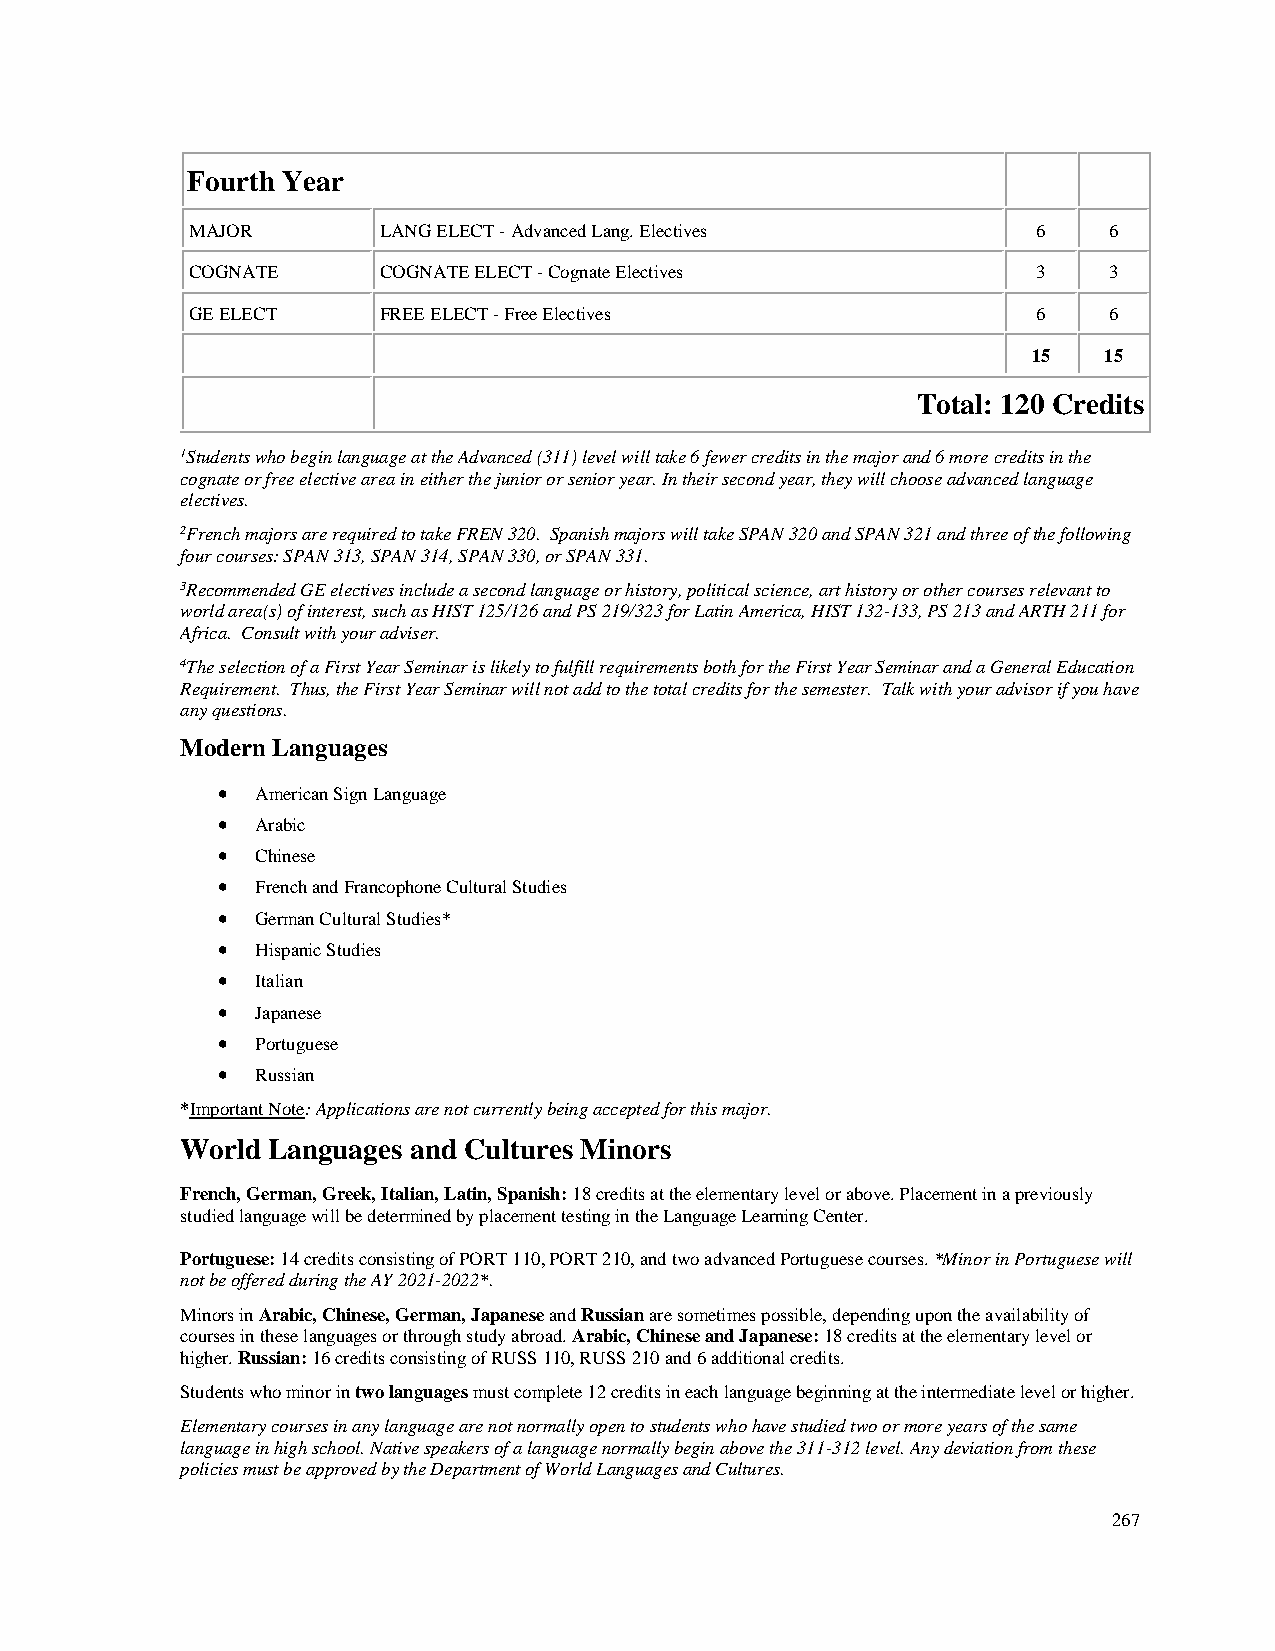
Fourth Year
 MAJOR       LANG ELECT - Advanced Lang. Electives       6   6
 COGNATE     COGNATE ELECT - Cognate Electives           3   3
 GE ELECT    FREE ELECT - Free Electives                 6   6
 15   15
 Total: 120 Credits
 1Students who begin language at the Advanced (311) level will take 6 fewer credits in the major and 6 more credits in the
 cognate or free elective area in either the junior or senior year. In their second year, they will choose advanced language
 electives.
 2French majors are required to take FREN 320. Spanish majors will take SPAN 320 and SPAN 321 and three of the following
 four courses: SPAN 313, SPAN 314, SPAN 330, or SPAN 331.
 3Recommended GE electives include a second language or history, political science, art history or other courses relevant to
 world area(s) of interest, such as HIST 125/126 and PS 219/323 for Latin America, HIST 132-133, PS 213 and ARTH 211 for
 Africa. Consult with your adviser.
 4The selection of a First Year Seminar is likely to fulfill requirements both for the First Year Seminar and a General Education
 Requirement. Thus, the First Year Seminar will not add to the total credits for the semester. Talk with your advisor if you have
 any questions.
 Modern Languages
 •  American Sign Language
 •  Arabic
 •  Chinese
 •  French and Francophone Cultural Studies
 •  German Cultural Studies*
 •  Hispanic Studies
 •  Italian
 •  Japanese
 •  Portuguese
 •  Russian
 *Important Note: Applications are not currently being accepted for this major.
 World Languages and Cultures Minors
 French, German, Greek, Italian, Latin, Spanish: 18 credits at the elementary level or above. Placement in a previously
 studied language will be determined by placement testing in the Language Learning Center.
 Portuguese: 14 credits consisting of PORT 110, PORT 210, and two advanced Portuguese courses. *Minor in Portuguese will
 not be offered during the AY 2021-2022*.
 Minors in Arabic, Chinese, German, Japanese and Russian are sometimes possible, depending upon the availability of
 courses in these languages or through study abroad. Arabic, Chinese and Japanese: 18 credits at the elementary level or
 higher. Russian: 16 credits consisting of RUSS 110, RUSS 210 and 6 additional credits.
 Students who minor in two languages must complete 12 credits in each language beginning at the intermediate level or higher.
 Elementary courses in any language are not normally open to students who have studied two or more years of the same
 language in high school. Native speakers of a language normally begin above the 311-312 level. Any deviation from these
 policies must be approved by the Department of World Languages and Cultures.
 267